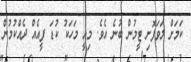
ކަމަށް ލަވަފޮށި ޓީމުން ބުނެ އެވެ. މިއީ މަހަކު ކުޑަ ފީއެއް ދެއްކުމުން